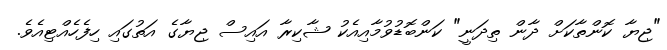
"ޖިޔާ ކޮންތާކަށް ދާން ތިދަނީ" ކަންބޮޑުވުމާއިއެކު ޝާކިރާ އައިސް ޖިޔާގެ އަތުގައި ހިފެހެއްޓިއެވެ.